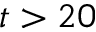
t > 2 0